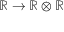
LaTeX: \mathbb { R } \rightarrow \mathbb { R } \otimes \mathbb { R }